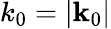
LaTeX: k_{0}=|\mathbf{k}_{0}|